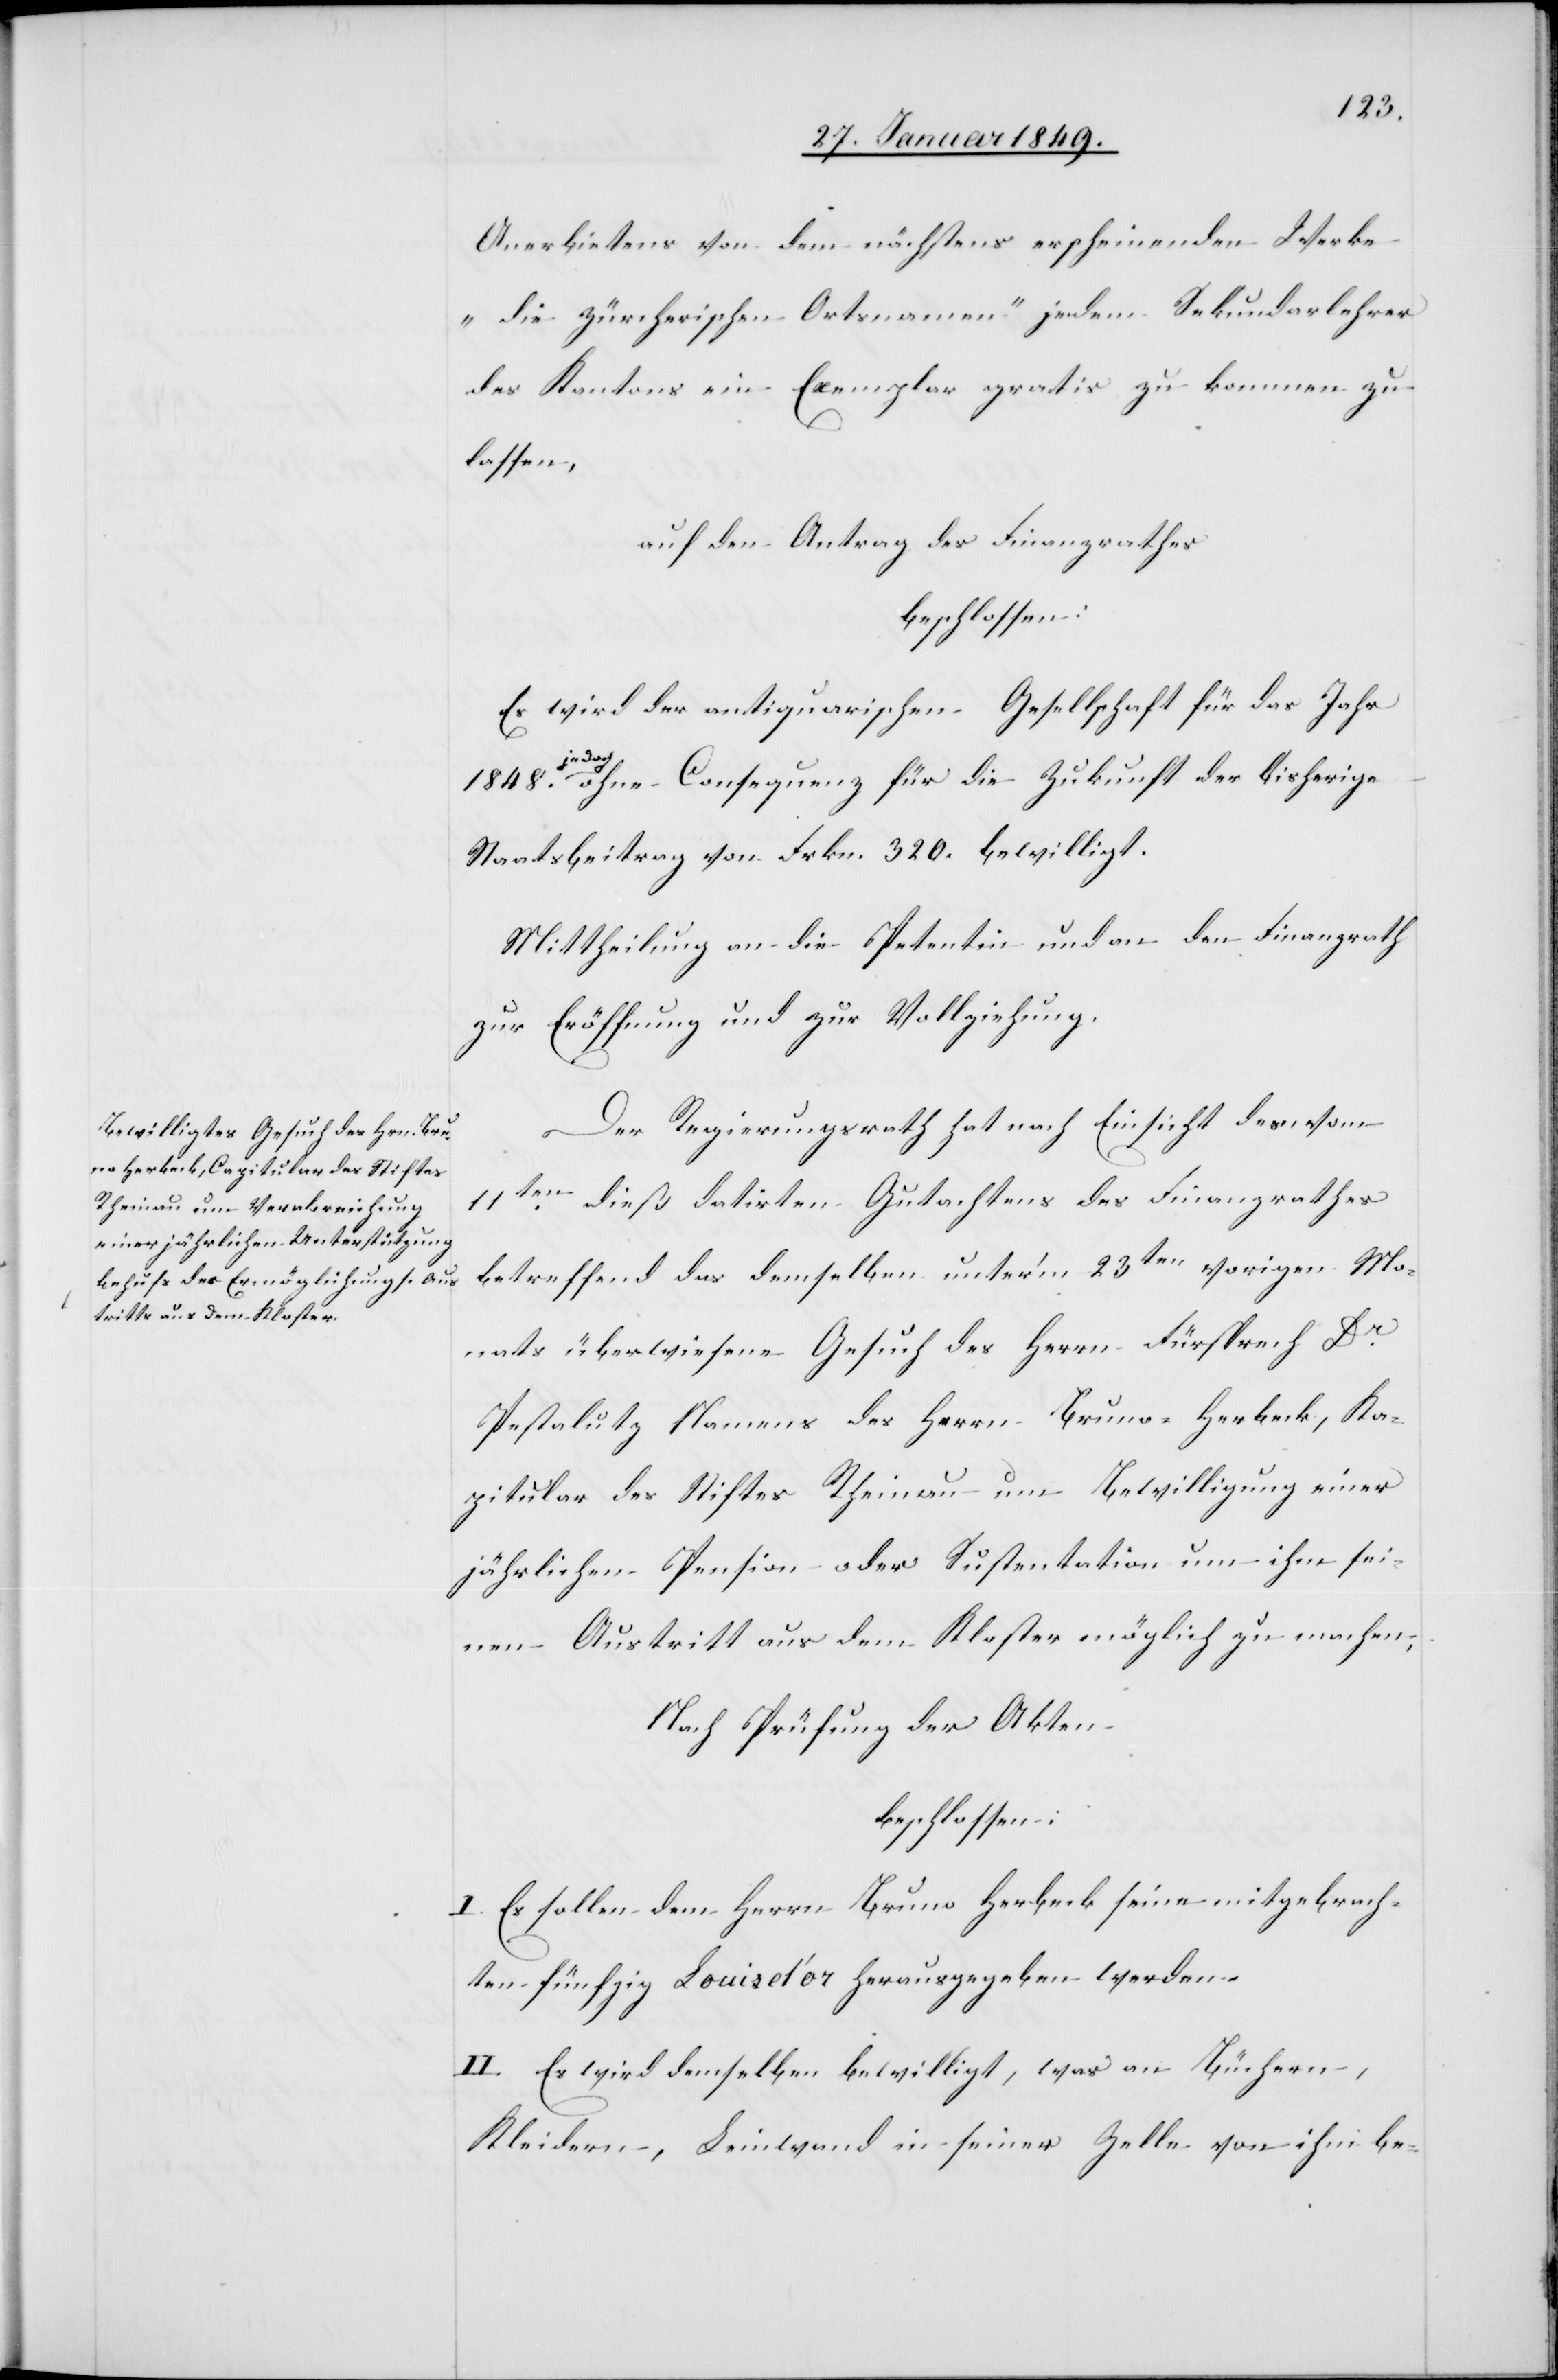
1848.
Anerbietens von dem nächstens erscheinenden Werke
„die zürcherischen Ortsnamen“ jedem Sekundarlehrer
des Kantons ein Exemplar gratis zu kommen zu
lassen,
auf den Antrag des Finanzrathes
beschlossen:
Es wird der antiquarischen Gesellschaft für das Jahr
jedoc¬
h ohne Consequenz für die Zukunft der bisherige
Staatsbeitrag von Frkn. 320. bewilligt.
Mittheilung an die Petentin und an den Finanzrath
zur Eröffnung und zur Vollziehung.
Der Regierungsrath hat nach Einsicht des vom
11ten. dieß datirten Gutachtens des Finanzrathes
betreffend das demselben unter’m 23ten vorigen Mo¬
nats überwiesene Gesuch des Herrn Fürsprech Dr.
Pestalutz Namens des Herrn Bruno Herbeck, Ka¬
pitular des Stiftes Rheinau um Bewilligung einer
jährlichen Pension oder Sustention um ihm sei¬
nen Austritt aus dem Kloster möglich zu machen,
Nach Prüfung der Akten
beschlossen:
I. Es sollen dem Herrn Bruno Herbeck seine mitgebrach¬
ten fünfzig Louisd’or herausgegeben werden.
II. Es wird demselben bewilligt, was an Büchern,
Kleidern, Leinwand in seiner Zelle von ihm be-